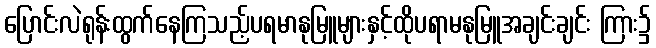
ပြောင်းလဲရုန်းထွက်နေကြသည့်ပရမာနုမြူများနှင့်ထိုပရာမနုမြူအချင်းချင်း ကြား၌